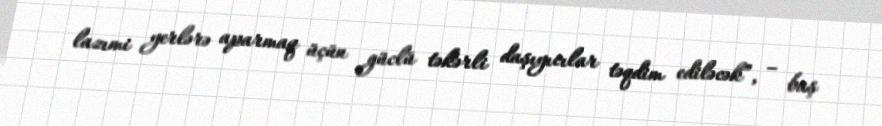
lazımi yerlərə aparmaq üçün güclü təkərli daşıyıcılar təqdim ediləcək”, – baş